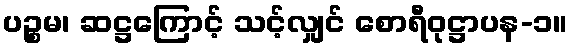
ပဉ္စမ၊ ဆဋ္ဌကြောင့် သင့်လျှင် စောရီဝုဋ္ဌာပန-၁။